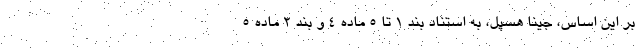
بر این اساس، جینا هسپل، به استناد بند ۱ تا ۵ ماده ۴ و بند ۲ ماده ۵